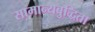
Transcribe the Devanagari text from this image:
सामान्यबुद्धिता